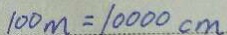
1 0 0 m = 1 0 0 0 0 c m